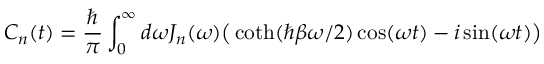
C _ { n } ( t ) = \frac { \hslash } { \pi } \int _ { 0 } ^ { \infty } d \omega J _ { n } ( \omega ) \big ( \coth ( \hslash \beta \omega / 2 ) \cos ( \omega t ) - i \sin ( \omega t ) \big )